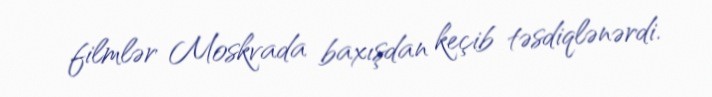
filmlər Moskvada baxışdan keçib təsdiqlənərdi.